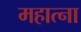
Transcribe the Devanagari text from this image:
महात्ना